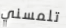
تلمسني